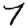
Digit: 7